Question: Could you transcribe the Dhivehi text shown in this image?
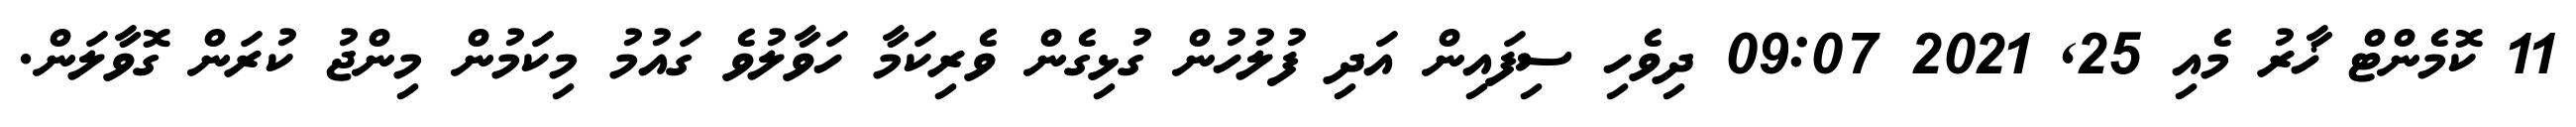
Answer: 11 ކޮމެންޓް ޚާރު މެއި 25, 2021 09:07 ދިވެހި ސިފައިން އަދި ފުލުހުން ގުޅިގެން ވެރިކަމާ ހަވާލުވެ ގައުމު މިކަމުން މިންޖު ކުރަން ގޮވާލަން.